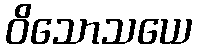
ဝိသောသယေ